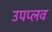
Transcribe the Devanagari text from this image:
उपप्लव